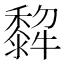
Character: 𤛿